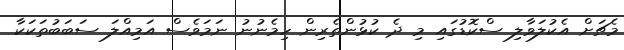
މެޗަށް އެކުލަވާލި ސްކޮޑުގައި މި ދެ ކުޅުންތެރިން ހިމެނުނު ނަމަވެސް އަމިއްލަ ސަބަބުތަކަކާ